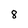
Character: 8